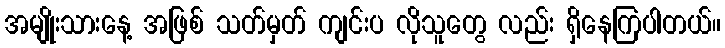
အမျိုးသားနေ့ အဖြစ် သတ်မှတ် ကျင်းပ လိုသူတွေ လည်း ရှိနေကြပါတယ်။